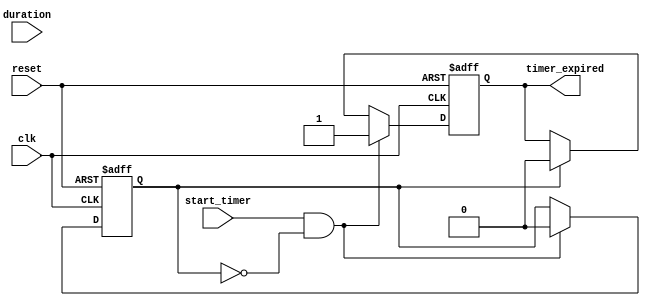
module timer_event (
    input wire clk,            // Clock signal
    input wire reset,          // Reset signal
    input wire start_timer,    // Signal to start the timer
    input wire [31:0] duration, // Timer duration in ns
    output reg timer_expired    // Timer expired signal
);

    // State variable to track timer status
    reg timer_active;

    // Timer process
    always @(posedge clk or posedge reset) begin
        if (reset) begin
            // Reset the timer
            timer_active <= 0;
            timer_expired <= 0;
        end else if (start_timer && !timer_active) begin
            // Start the timer
            timer_active <= 1;
            timer_expired <= 0;
            // Trigger the timer after the specified duration
            #duration timer_expired <= 1;
            timer_active <= 0; // Timer is now inactive after expiry
        end else if (timer_active) begin
            // If the timer is active, keep the timer_expired signal low
            timer_expired <= 0;
        end
    end

endmodule